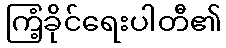
ကြံ့ခိုင်ရေးပါတီ၏